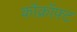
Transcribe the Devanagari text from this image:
कॉक्रॉफ़्ट